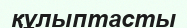
құлыптасты